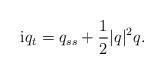
LaTeX: \begin{align*}{\rm i}q_{t} = q_{ss}+\frac{1}{2}\lvert q\rvert^{2}q.\end{align*}